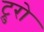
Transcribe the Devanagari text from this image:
ट्रुरो